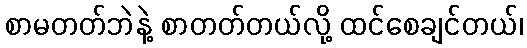
စာမတတ်ဘဲနဲ့ စာတတ်တယ်လို့ ထင်စေချင်တယ်၊